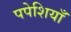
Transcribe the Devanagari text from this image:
पपेशियाँ